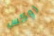
روكس